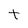
Character: t